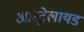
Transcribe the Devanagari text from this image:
आस्ट्रेलायड